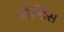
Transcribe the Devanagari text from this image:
जोन्डिस